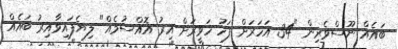
ބައެއް ނޫސްވެރިން "34 އަހަރަށް ފަހު ހަވީރަށް އިރު އޮއްސުމެއް" ލިޔެފައިވާއިރު ބައެއް